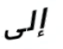
إلى